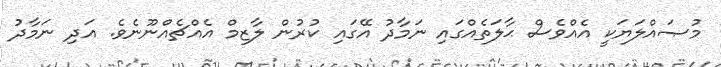
މުޞައްލަޔަކީ އެއްވެސް ޙާލަތެއްގައި ނަމާދު އޭގައި ކުރުން ލާޒިމް އެއްޗެއްނޫނެވެ. އަދި ނަމާދު